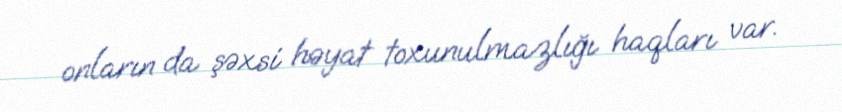
onların da şəxsi həyat toxunulmazlığı haqları var.